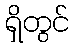
ရှိတွင်